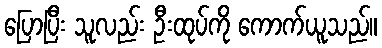
ပြောပြီး သူလည်း ဦးထုပ်ကို ကောက်ယူသည်။